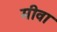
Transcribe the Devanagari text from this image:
मीवा